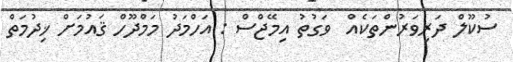
ސުކޫލް ދަރިވަރުންތަކެއް  ވަގުތު އިމޭޖްސް : އަހްމަދު މަމްދޫހް ޤައުމަށް ޚިދުމަތް